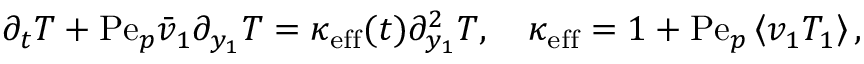
\begin{array} { r } { \partial _ { t } T + \mathrm { P e } _ { p } \bar { v } _ { 1 } \partial _ { y _ { 1 } } T = \kappa _ { \mathrm { e f f } } ( t ) \partial _ { y _ { 1 } } ^ { 2 } T , \quad \kappa _ { \mathrm { e f f } } = 1 + \mathrm { P e } _ { p } \left\langle v _ { 1 } T _ { 1 } \right\rangle , } \end{array}